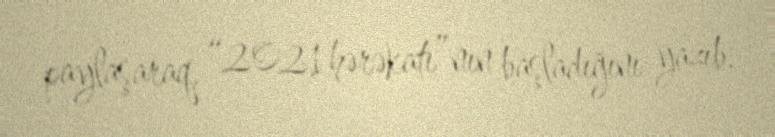
paylaşaraq, “2021 hərəkatı”nın başladığını yazıb.